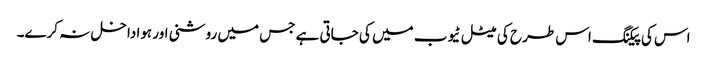
اس کی پیکنگ اس طرح کی میٹل ٹیوب میں کی جاتی ہے جس میں روشنی اور ہوا داخل نہ کرے۔